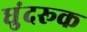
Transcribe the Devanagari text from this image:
धुंदरूक